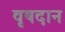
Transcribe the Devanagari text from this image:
वृषदान